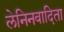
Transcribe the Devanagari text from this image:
लेनिनवादिता